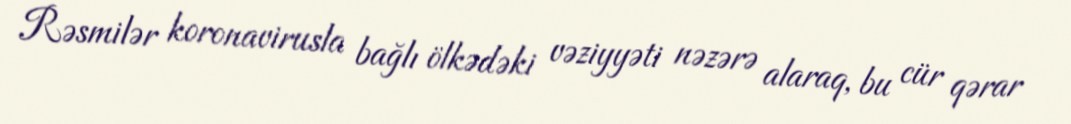
Rəsmilər koronavirusla bağlı ölkədəki vəziyyəti nəzərə alaraq, bu cür qərar